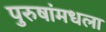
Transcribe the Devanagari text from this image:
पुरुषांमधला